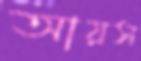
আয়স